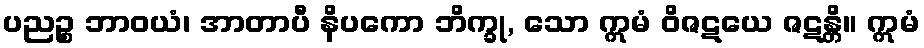
ပညဉ္စ ဘာဝယံ၊ အာတာပီ နိပကော ဘိက္ခု, သော ဣမံ ဝိဇဋယေ ဇဋန္တိ။ ဣမံ